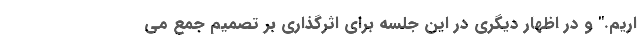
اریم." و در اظهار دیگری در این جلسه برای اثرگذاری بر تصمیم جمع می